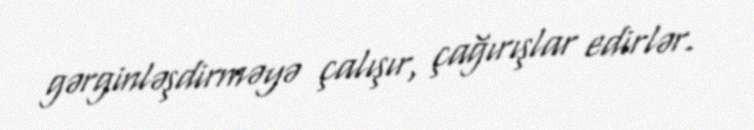
gərginləşdirməyə çalışır, çağırışlar edirlər.